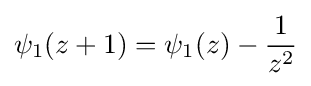
\psi _{1}(z+1)=\psi _{1}(z)-{\frac {1}{z^{2}}}